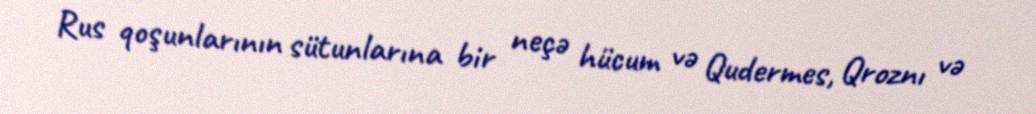
Rus qoşunlarının sütunlarına bir neçə hücum və Qudermes, Qroznı və